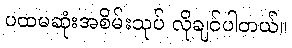
ပထမဆုံးအစိမ်းသုပ် လိုချင်ပါတယ်။